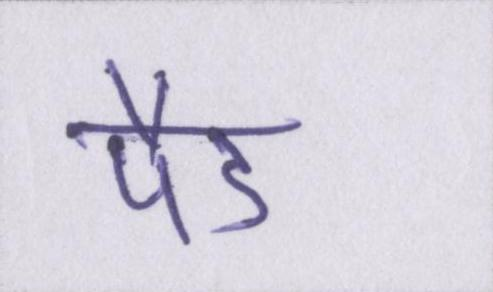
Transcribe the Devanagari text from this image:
पैड